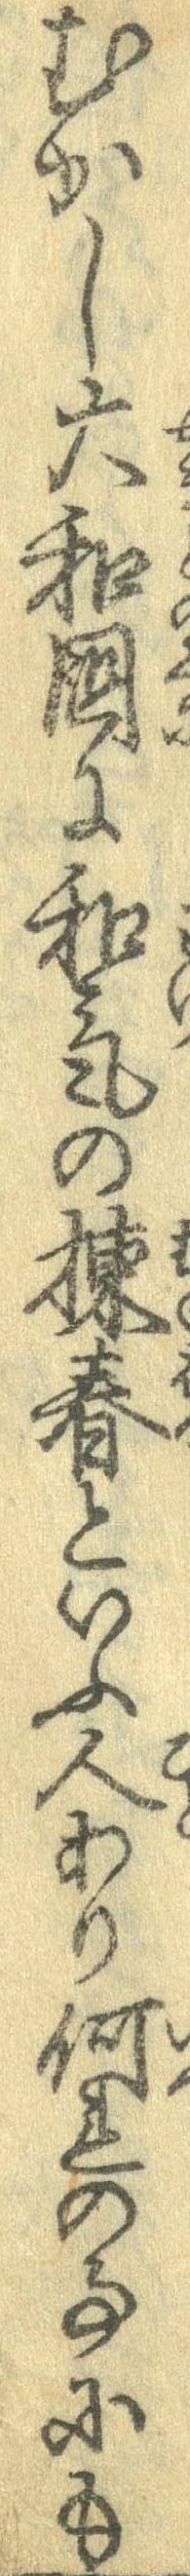
むかし大和国に和気の棟春といふ人あり何れの事にも